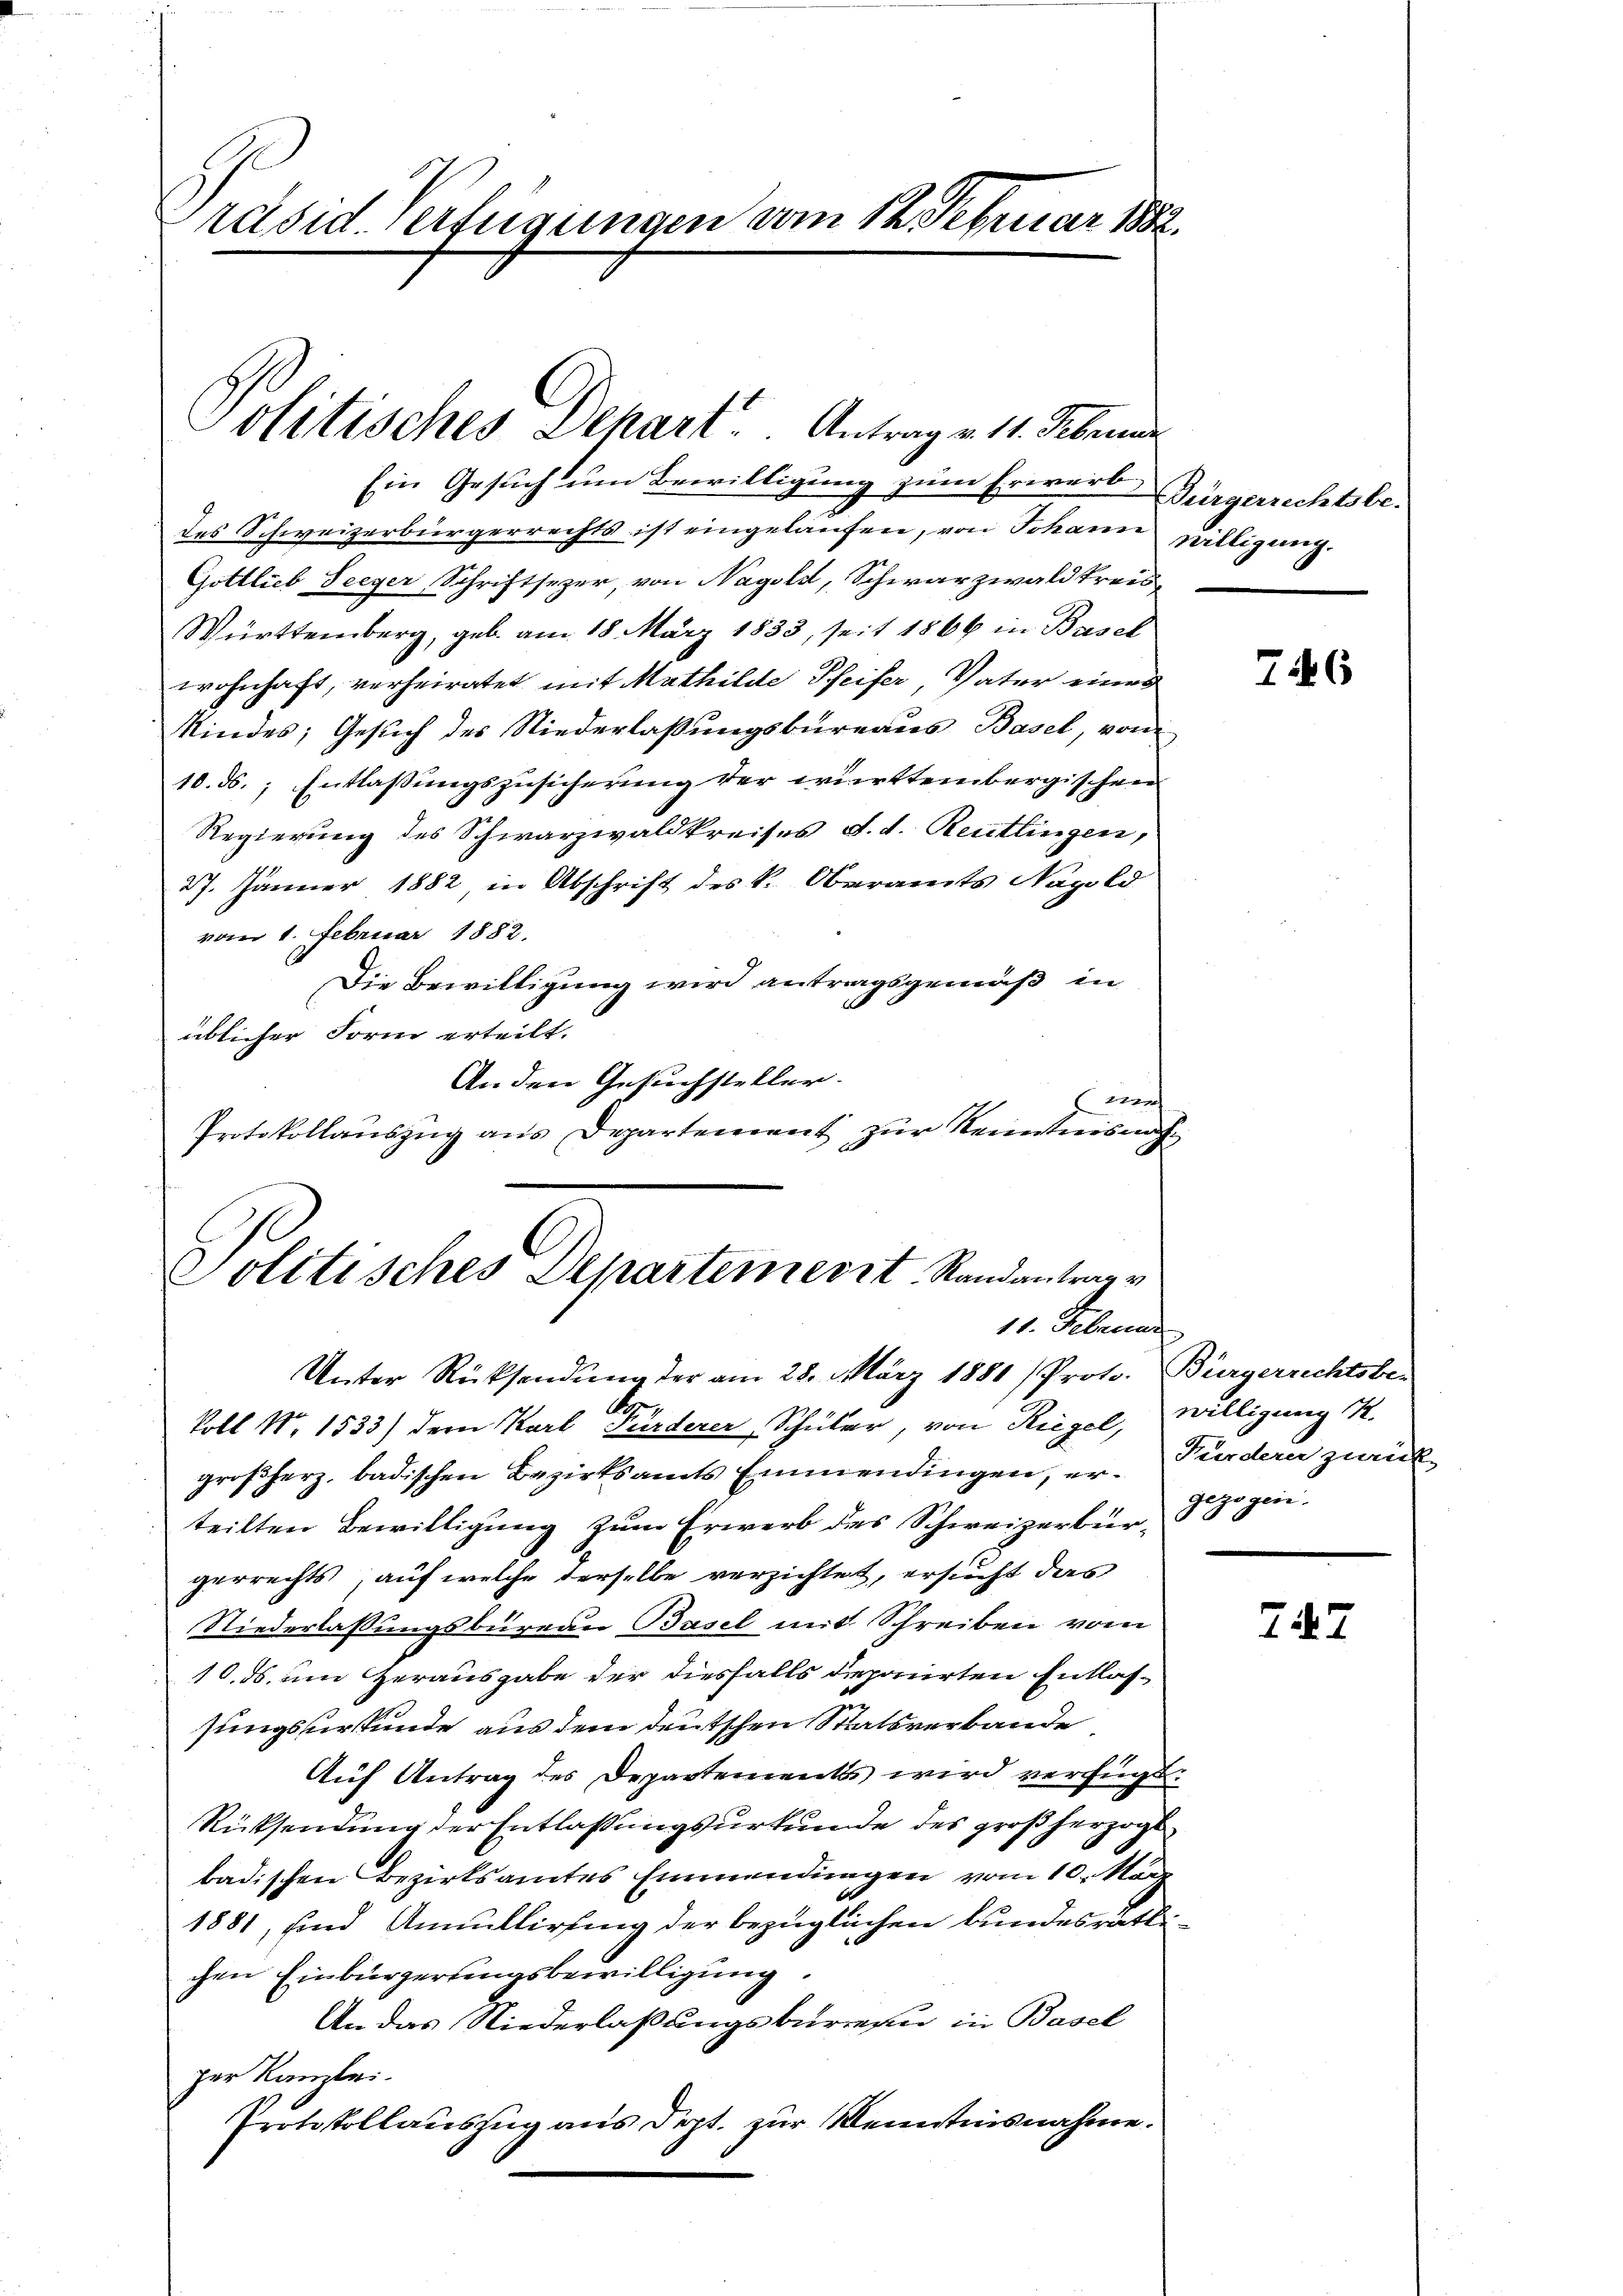
Präsid. Verfügungen vom 12. Februar 1882.

Politisches Dehart Antrag v. 11. Februar

Ein Gesuch um Bewilligung zum Erwert Bürgerrechtsbedes Schweizerbürgerrechts ist eingelaufen, von Johann willigung.
Gottlieb Seeger Schriftsezer, von Nageld, Schwarzwald kreis
Württemberg, geb. am 18. März 1833, seit 1866 in Basel
wohnhaft, verheiratet mit Mathilde Pfeifer, Vater eines
Kindes; Gesuch des Niederlaßungsbureaus Basel, von
10. ds. Entlassungszusicherung der württembergischen
Regierung des Schwarzwaldkreises d. d. Reutlingen,
27. Jänner 1882 in Abschrift des k. Oberamts Napold
vom 1. Februar 1882.
Die Bewilligung wird antragsgemäß in
.
üblicher Form erteilt.
An den Gesuchsteller.
w
Protokollauszug aus Departement zur Kenntnisnah

Politisches Departemerit Randantrage
11. Februar

Unter Rücksendung der am 28. März 1881 /Proto. Bürgerrechtsber
Ap
koll No 1533) der Karl Purderer, Schüler, von Riegel, willigung K.
großherz, badischen Bezirksamts Emmendingen, er- Perdern zurück
teilten Bewilligung zum Erwerb des Schweizerbür-
gerrechts, auf welche derselbe verzichtet, ersucht das
Niederlassungsbüreau Basel mit Schreiben vom
10. ds. um Herausgabe der diesfalls deponirten Entlassungsurkunde aus dem deutschen Staatsverbande
Auf Antrag des Departements wird verfügt:
Rücksendung der Entlaßungsurkunde des großherzogt
badischen Bezirksamtes Einmündungen vom 10. März
d
1881, und Annullirung der bezüglichen bundesrätlichen Einbürgerungsbewilligung.
An das Niederlaßungsbureau in Basel
per Kanzlei.
Protokollauszug aus Sept. zur Kenntnisnahme.

746

gezogen.
.

747